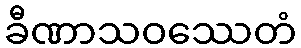
ခီဏာသဝဿေတံ